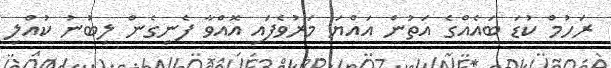
ރަހުމް ކުޑަ ބައެއްގެ އަތުން އައްޔަ މަރުވެފައި އޮއްވާ ފެނިގެން ލިބުނު ކުއްލި